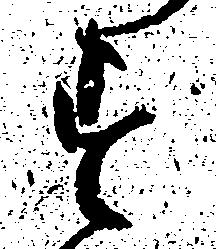
す